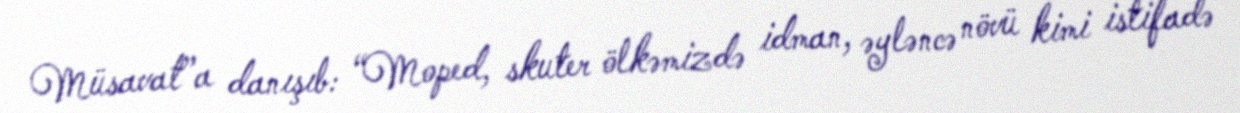
Müsavat”a danışıb: “Moped, skuter ölkəmizdə idman, əyləncə növü kimi istifadə